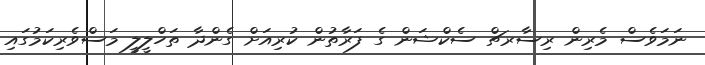
ނަމަވެސް މެރިން ރިސާރޗް ސެކްޝަން ގެ ފަރާތުން ކުރިއަށް ގެންދާ ތަހްލީލީ މަސްވެރިކަމުގައި